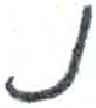
אות: נ